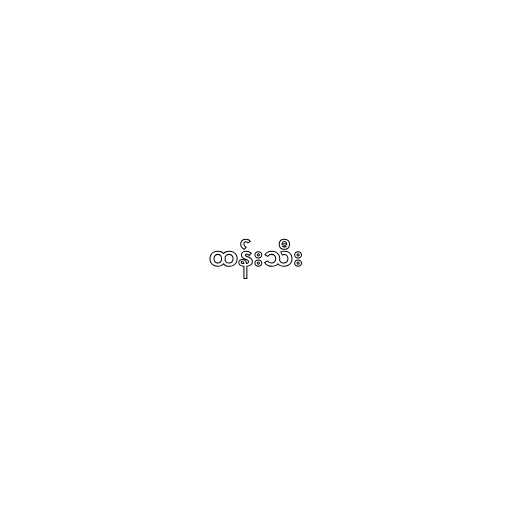
ထန်းသီး